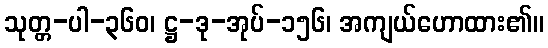
သုတ္တ-ပါ-၃၆၀၊ ဋ္ဌ-ဒု-အုပ်-၁၅၆၊ အကျယ်ဟောထား၏။